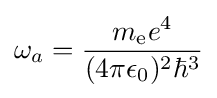
\omega _{a}={\frac {m_{\text{e}}e^{4}}{(4\pi \epsilon _{0})^{2}\hbar ^{3}}}